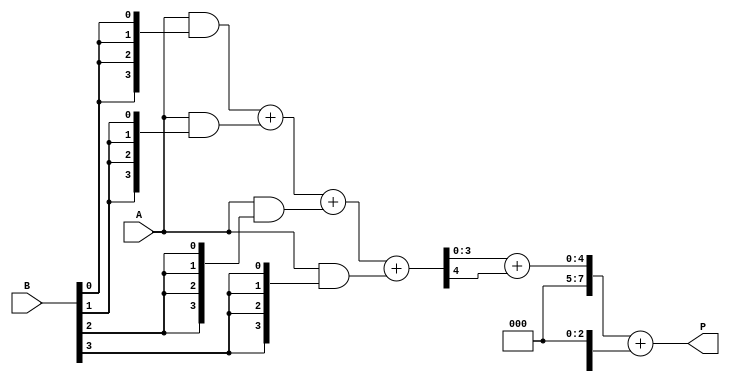
module wallace_tree_multiplier #(parameter N = 4) (
    input [N-1:0] A,
    input [N-1:0] B,
    output reg [2*N-1:0] P
);

    // Partial product generation
    wire [N-1:0] pp [0:N-1]; // Partial products

    genvar i, j;
    generate
        for (i = 0; i < N; i = i + 1) begin : partial_product_gen
            assign pp[i] = A & {N{B[i]}};
        end
    endgenerate

    // Wallace tree reduction
    wire [N-1:0] sum [0:N-1];
    wire [N-1:0] carry [0:N-1];

    // Level 1: Combine partial products
    generate
        for (i = 0; i < N-1; i = i + 1) begin : level1
            if (i == 0) begin
                assign {carry[i], sum[i]} = pp[0] + pp[1];
            end else begin
                assign {carry[i], sum[i]} = sum[i-1] + pp[i+1];
            end
        end
    endgenerate

    // Level 2: Combine sums and carries
    wire [N-1:0] sum2 [0:N-1];
    wire [N-1:0] carry2 [0:N-1];

    generate
        for (i = 0; i < N-1; i = i + 1) begin : level2
            if (i == 0) begin
                assign {carry2[i], sum2[i]} = sum[0] + carry[0];
            end else begin
                assign {carry2[i], sum2[i]} = sum[i] + carry[i];
            end
        end
    endgenerate

    // Final summation
    always @(*) begin
        P = {carry2[N-2], sum2[N-2]} + {1'b0, sum2[N-1]};
    end

endmodule